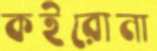
কইরোনা